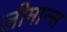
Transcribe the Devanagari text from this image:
लीमान्स